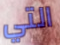
التي